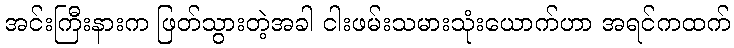
အင်းကြီးနားက ဖြတ်သွားတဲ့အခါ ငါးဖမ်းသမားသုံးယောက်ဟာ အရင်ကထက်